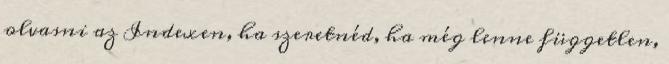
olvasni az Indexen, ha szeretnéd, ha még lenne független,